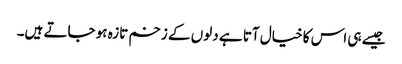
جیسے ہی اس کا خیال آتا ہے دلوں کے زخم تازہ ہو جاتے ہیں۔